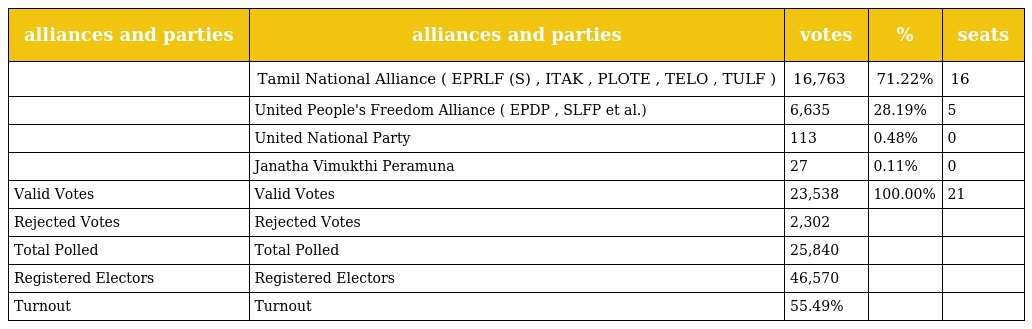
| alliances and parties | alliances and parties | votes | % | seats |
 | --- | --- | --- | --- | --- |
 |  | Tamil National Alliance ( EPRLF (S) , ITAK , PLOTE , TELO , TULF ) | 16,763 | 71.22% | 16 |
 |  | United People's Freedom Alliance ( EPDP , SLFP et al.) | 6,635 | 28.19% | 5 |
 |  | United National Party | 113 | 0.48% | 0 |
 |  | Janatha Vimukthi Peramuna | 27 | 0.11% | 0 |
 | Valid Votes | Valid Votes | 23,538 | 100.00% | 21 |
 | Rejected Votes | Rejected Votes | 2,302 |  |  |
 | Total Polled | Total Polled | 25,840 |  |  |
 | Registered Electors | Registered Electors | 46,570 |  |  |
 | Turnout | Turnout | 55.49% |  |  |